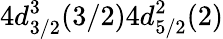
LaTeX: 4d_{3/2}^{3}(3/2)4d_{5/2}^{2}(2)